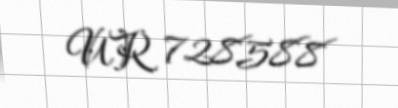
UR 728588